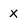
Character: X